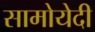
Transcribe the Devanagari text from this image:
सामोयेदी